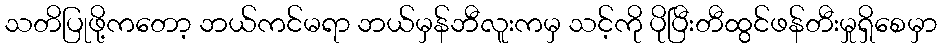
သတိပြုဖို့ကတော့ ဘယ်ကင်မရာ ဘယ်မှန်ဘီလူးကမှ သင့်ကို ပိုပြီးတီထွင်ဖန်တီးမှုရှိစေမှာ